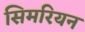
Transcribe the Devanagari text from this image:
सिमरियन